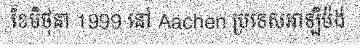
ខែមិថុនា 1999 នៅ Aachen ប្រទេសអាឡឺម៉ង់